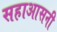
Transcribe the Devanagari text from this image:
सहाआसनी